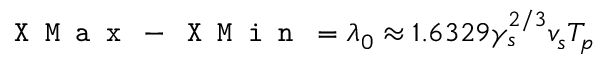
\texttt { X M a x } - \texttt { X M i n } = \lambda _ { 0 } \approx 1 . 6 3 2 9 \gamma _ { s } ^ { 2 / 3 } v _ { s } T _ { p }